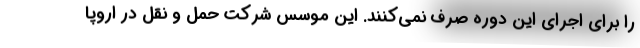
را برای اجرای این دوره صرف نمی‌کنند. این موسس شرکت حمل و نقل در اروپا